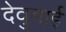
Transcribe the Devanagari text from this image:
देवुबाई